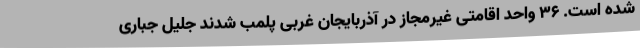
شده است. 36 واحد اقامتی غیرمجاز در آذربایجان غربی پلمب شدند جلیل جباری